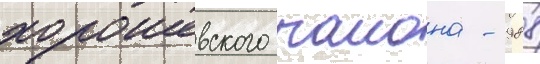
хорошевского раиона - 988